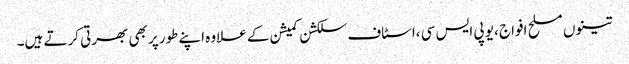
تینوں مسلح افواج ،یو پی ایس سی ،اسٹاف سلکشن کمیشن کے علاوہ اپنے طورپر بھی بھرتی کرتے ہیں۔